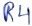
Text: R4